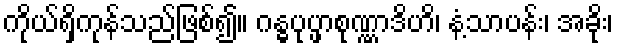
ကိုယ်ရှိကုန်သည်ဖြစ်၍။ ဂန္ဓပုပ္ဖာစုဏ္ဏာဒိဟိ၊ နံ့သာပန်း၊ အခိုး၊